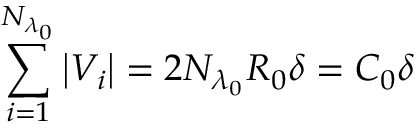
\sum _ { i = 1 } ^ { N _ { \lambda _ { 0 } } } \left\lvert V _ { i } \right\rvert = 2 N _ { \lambda _ { 0 } } R _ { 0 } \delta = C _ { 0 } \delta